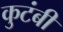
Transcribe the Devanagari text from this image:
कुटंबी